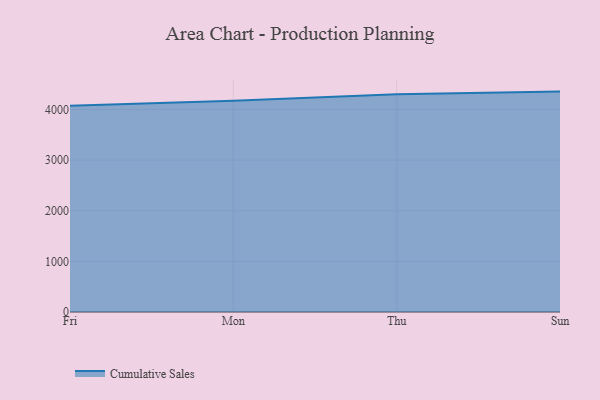
{"axis": {"x": "Day", "y": "Demand Index"}, "legend": ["Cumulative Sales"], "data": [{"x": "Fri", "y": 4074.3, "type": "Cumulative Sales"}, {"x": "Mon", "y": 4171.0, "type": "Cumulative Sales"}, {"x": "Thu", "y": 4298.5, "type": "Cumulative Sales"}, {"x": "Sun", "y": 4353.3, "type": "Cumulative Sales"}]}